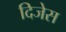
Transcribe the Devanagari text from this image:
दिजेस